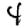
Digit: 4